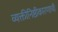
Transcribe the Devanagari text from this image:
व्यक्तीनिष्ठीकारणाची